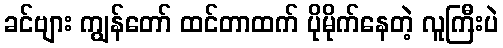
ခင်ဗျား ကျွန်တော် ထင်တာထက် ပိုမိုက်နေတဲ့ လူကြီးပဲ